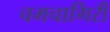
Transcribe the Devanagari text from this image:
चमचागिरी